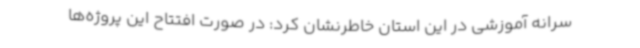
سرانه آموزشی در این استان خاطرنشان کرد: در صورت افتتاح این پروژه‌ها